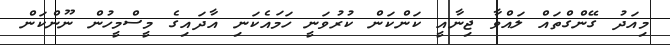
މިއަދު ގޭންގްތައް ލައްވާ ޖިނާއީ ކަންކަން ކުރުވަނީ ހަމައެކަނި އާދައިގެ މީސްމީހުން ނޫންކަން